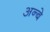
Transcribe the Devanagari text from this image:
अन्बे